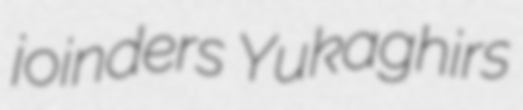
joinders Yukaghirs